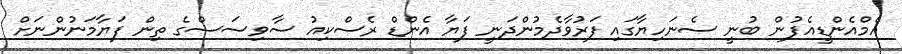
އެމްއެންޑީއެފުން ބުނީ ސެނަހިޔާގައި ފަރުވާދެމުންދަނީ ފަޔާ އެންޑް ރެސްކިއު ސާވިސަސްގެ ތިން ފަޔާމަނުންނަށް